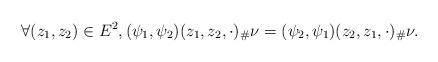
LaTeX: \begin{align*}\label[Ieq]{eq:sympsi1psi2}\forall (z_1,z_2)\in E^2,(\psi_1,\psi_2)(z_1,z_2,\cdot)_{\#}\nu = (\psi_2,\psi_1)(z_2,z_1,\cdot)_{\#}\nu.\end{align*}